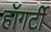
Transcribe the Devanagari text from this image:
हॉगर्टी